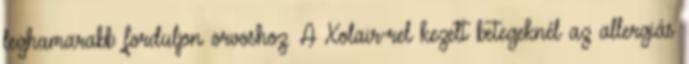
leghamarabb forduljon orvoshoz. A Xolair-rel kezelt betegeknél az allergiás